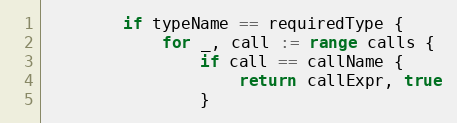
Language: Go
		if typeName == requiredType {
			for _, call := range calls {
				if call == callName {
					return callExpr, true
				}